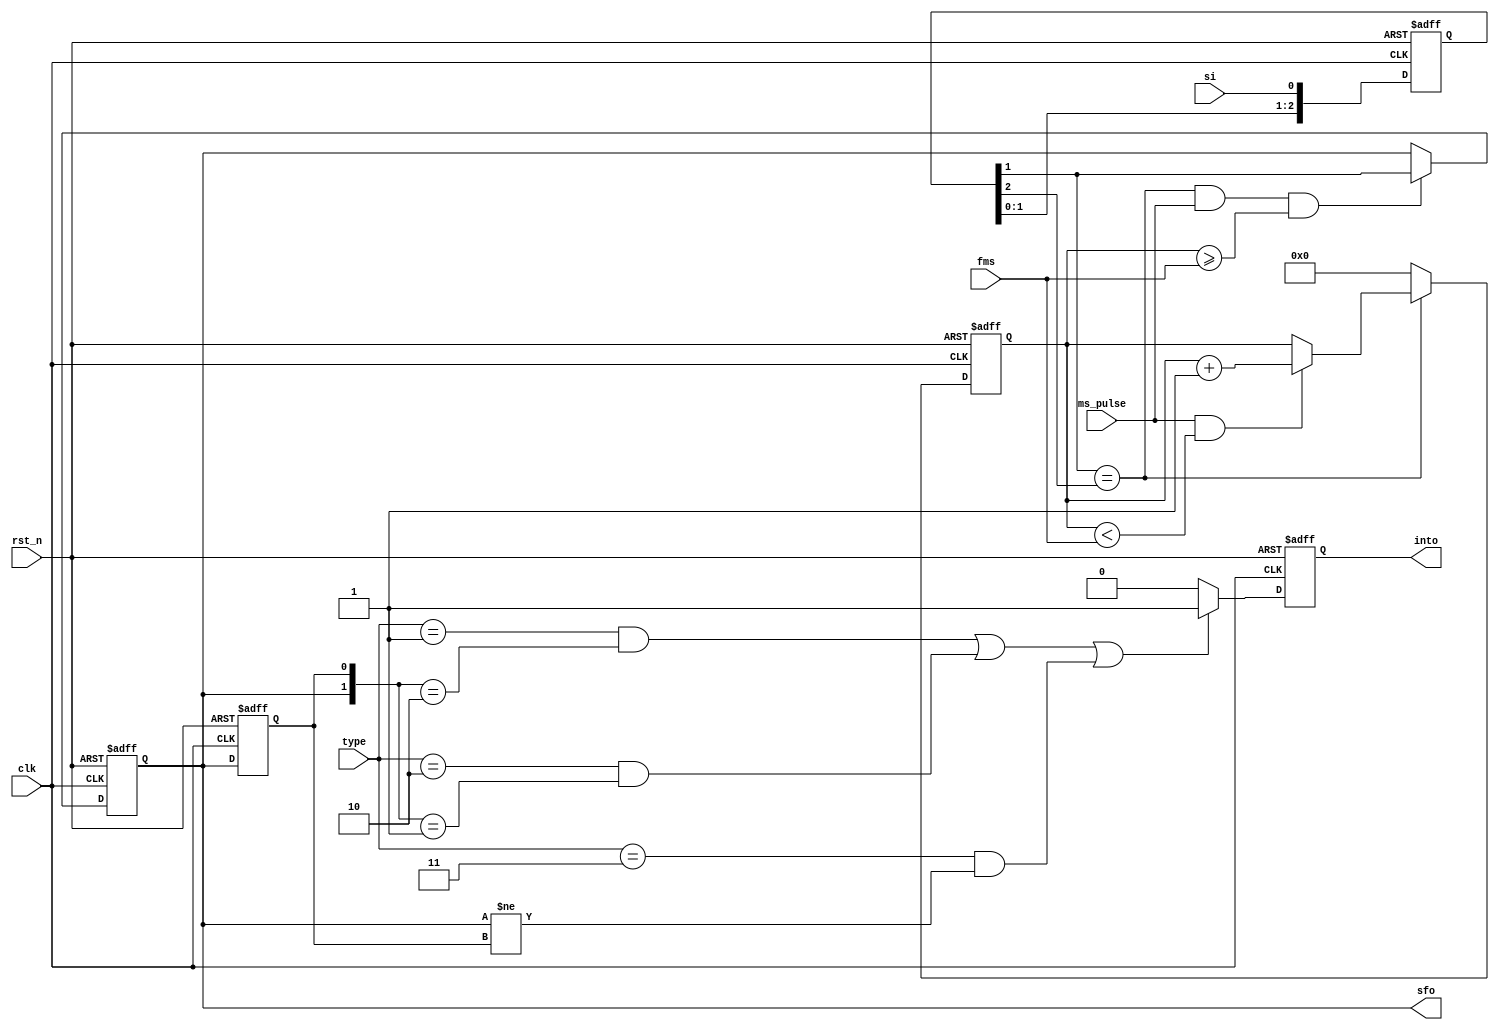
// =================================================================================/
// Project Name :
// Creat Time   : 2019/07/18 10:16:22
// Module Ver   : V1.0
// Abstract     :
//
// CopyRight(c) 2014, Authors
// All Rights Reserved
//
// Modification History:
// V1.0         initial
// =================================================================================/
`timescale 1ns/1ns

module signal_check #(
parameter                           U_DLY = 1
)(
input                               clk,
input                               rst_n,
input                               si,
input           [1:0]               type,
input                               ms_pulse,
input           [7:0]               fms,
output                              sfo,
output  reg                         into
);
// Parameter Define
parameter                           RISE_EDGE = 2'b01;
parameter                           FALL_EDGE = 2'b10;
parameter                           BOTH_EDGE = 2'b11;

// Register Define
reg     [2:0]                       si_dly;
reg                                 si_filter;
reg     [7:0]                       ms_cnt;
reg                                 si_filter_dly;

// Wire Define

always @ (posedge clk or negedge rst_n )
begin
    if (rst_n == 1'b0)
        si_dly <=  3'd0;
    else
        si_dly <= #U_DLY {si_dly[1:0],si};
end

always @ (posedge clk or negedge rst_n )
begin
    if (rst_n == 1'b0)
        begin
            si_filter <= 1'b0;
            ms_cnt <= 8'd0;
            si_filter_dly <= 1'b0;
        end
    else
        begin
            if(si_dly[1] == si_dly[2])
                begin
                    if(ms_pulse == 1'b1 && ms_cnt < fms)
                        ms_cnt <= #U_DLY ms_cnt + 8'd1;
                    else;
                end
            else
                ms_cnt <= #U_DLY 8'd0;

            if(si_dly[1] == si_dly[2] && ms_pulse == 1'b1 && ms_cnt >= fms)
                si_filter <= #U_DLY si_dly[1];
            else;

            si_filter_dly <= #U_DLY si_filter;
        end
end

assign sfo = si_filter;

always @ (posedge clk or negedge rst_n )
begin
    if (rst_n == 1'b0)
        into <= 1'b0;
    else
        begin
            if((type == RISE_EDGE && {si_filter,si_filter_dly} == 2'b10) ||
                (type == FALL_EDGE && {si_filter,si_filter_dly} == 2'b01) ||
                (type == BOTH_EDGE && si_filter != si_filter_dly))
                into <= #U_DLY 1'b1;
            else
                into <= #U_DLY 1'b0;
        end
end

endmodule